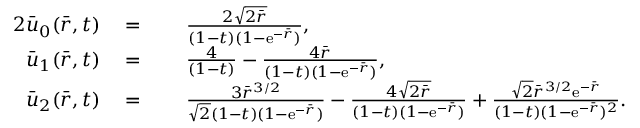
\begin{array} { r l r l } { { 2 } \bar { u } _ { 0 } ( \bar { r } , t ) } & { \; = } & & { \; \frac { 2 \sqrt { 2 \bar { r } } } { ( 1 - t ) ( 1 - \mathrm { e } ^ { - \bar { r } } ) } , } \\ { \bar { u } _ { 1 } ( \bar { r } , t ) } & { \; = } & & { \; \frac { 4 } { ( 1 - t ) } - \frac { 4 \bar { r } } { ( 1 - t ) ( 1 - \mathrm { e } ^ { - \bar { r } } ) } , } \\ { \bar { u } _ { 2 } ( \bar { r } , t ) } & { \; = } & & { \; \frac { 3 \bar { r } ^ { 3 / 2 } } { \sqrt { 2 } ( 1 - t ) ( 1 - \mathrm { e } ^ { - \bar { r } } ) } - \frac { 4 \sqrt { 2 \bar { r } } } { ( 1 - t ) ( 1 - \mathrm { e } ^ { - \bar { r } } ) } + \frac { \sqrt { 2 } \bar { r } ^ { 3 / 2 } \mathrm { e } ^ { - \bar { r } } } { ( 1 - t ) ( 1 - \mathrm { e } ^ { - \bar { r } } ) ^ { 2 } } . } \end{array}